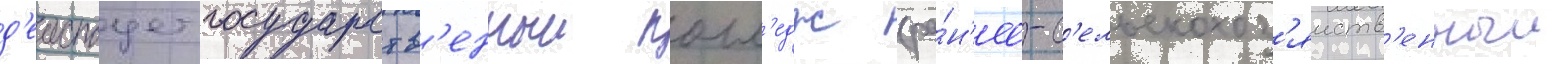
д'еиствует государств'енныи колл'едж (ра́н'ее-с'ельскохоз'яиств'енныи